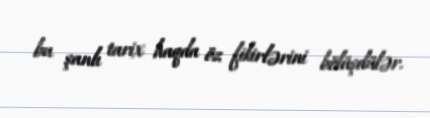
bu şanlı tarix haqda öz fikirlərini bölüşdülər.